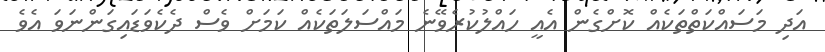
އަދި މަސައްކަތްތަކެއް ކޮށްގެން އެއީ ހައްލުކުރެވޭނެ މައްސަލަތަކެއް ކަމަށް ވެސް ދެކެވަޑައިގަންނަވަ އެވެ